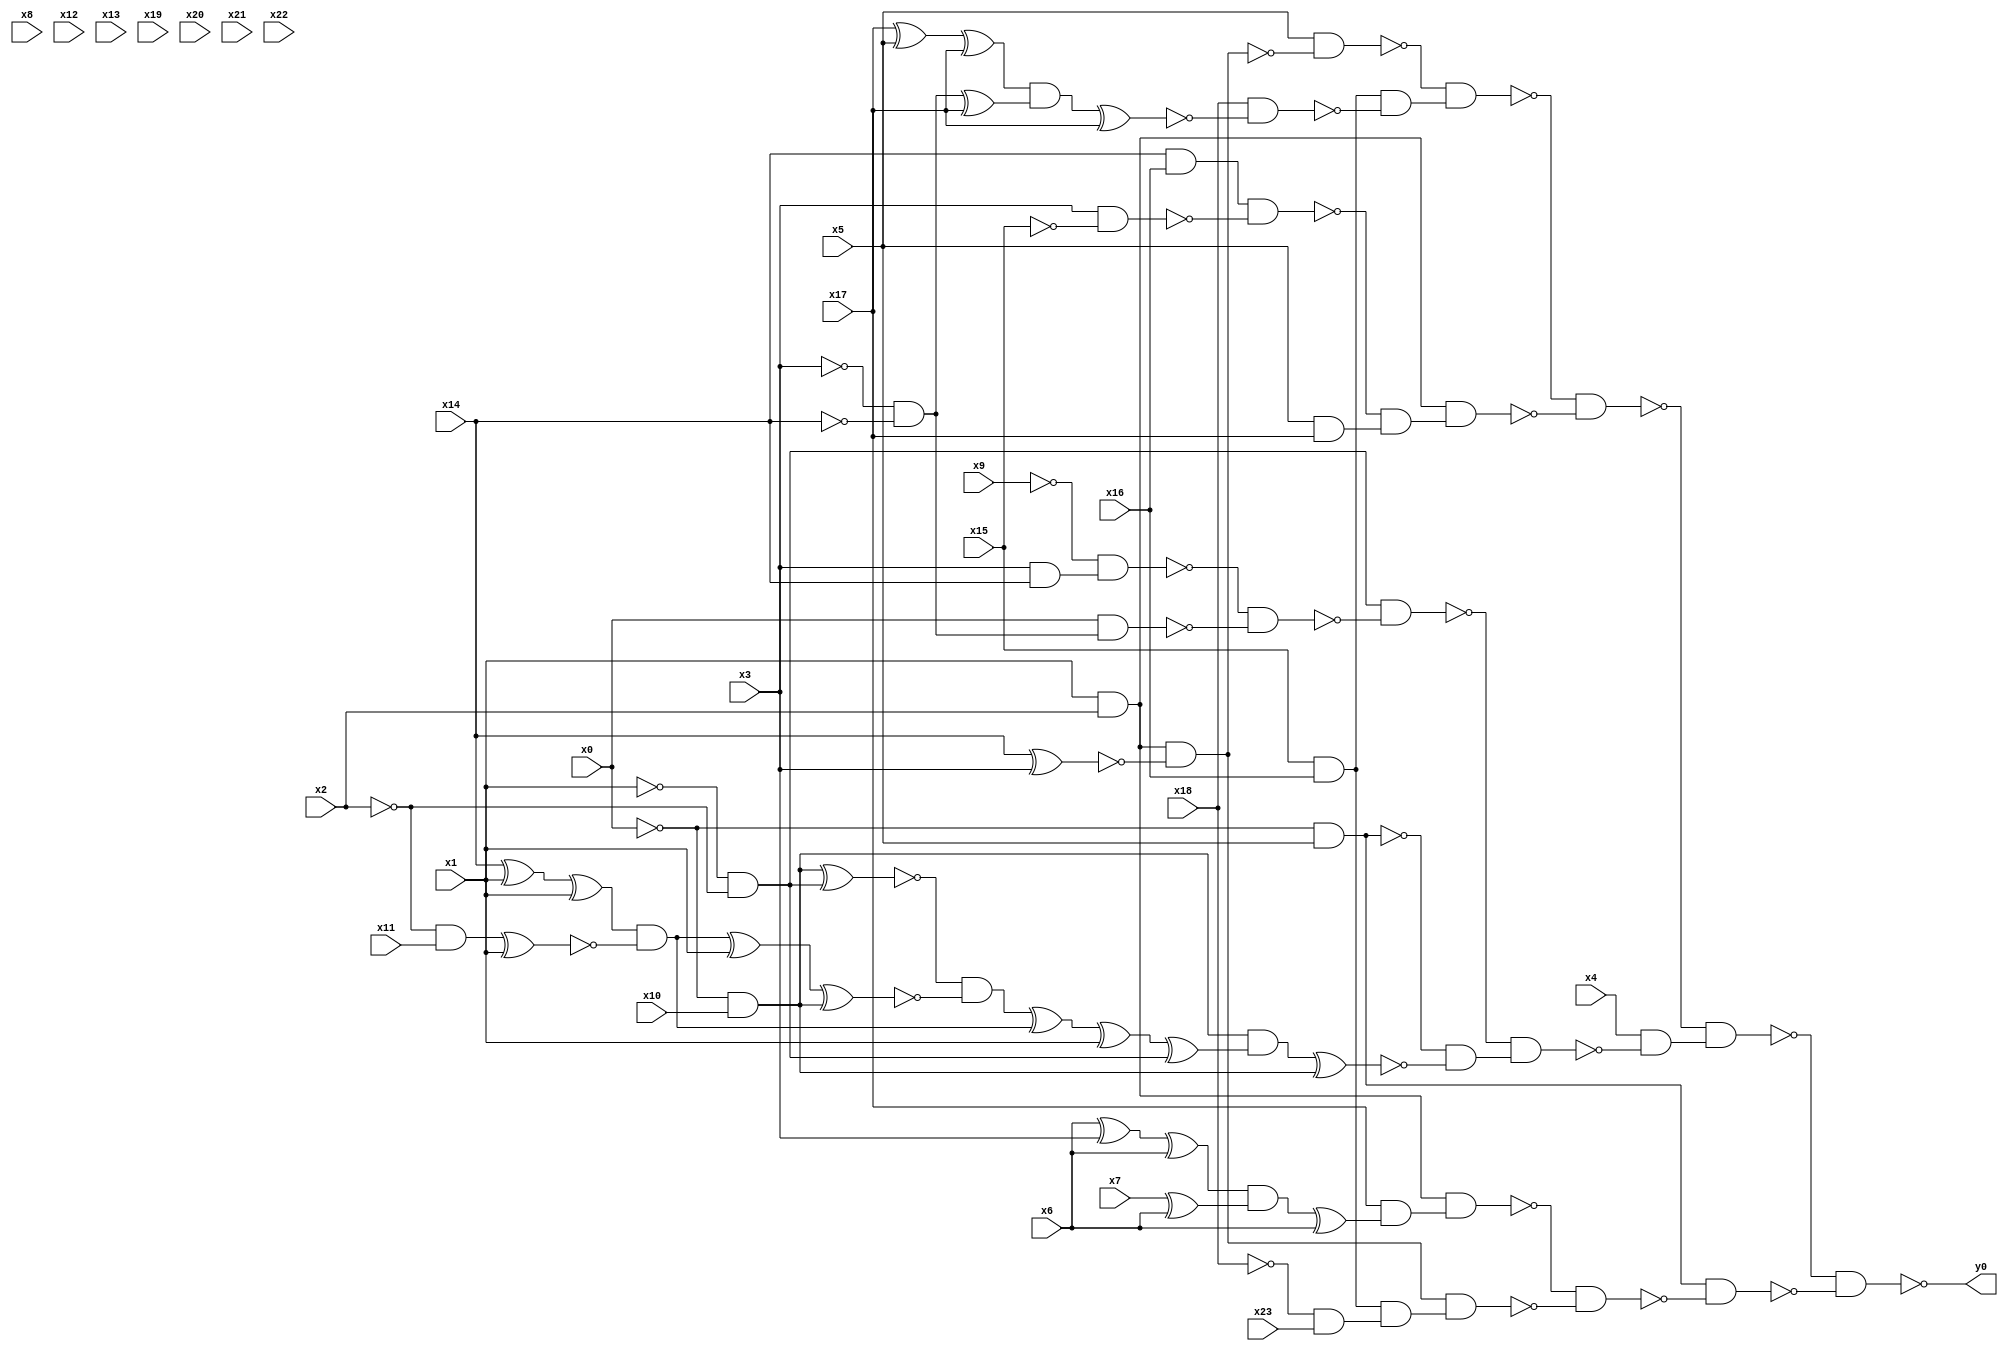
module top( x0 , x1 , x2 , x3 , x4 , x5 , x6 , x7 , x8 , x9 , x10 , x11 , x12 , x13 , x14 , x15 , x16 , x17 , x18 , x19 , x20 , x21 , x22 , x23 , y0 );
  input x0 , x1 , x2 , x3 , x4 , x5 , x6 , x7 , x8 , x9 , x10 , x11 , x12 , x13 , x14 , x15 , x16 , x17 , x18 , x19 , x20 , x21 , x22 , x23 ;
  output y0 ;
  wire n25 , n26 , n27 , n28 , n29 , n30 , n31 , n32 , n33 , n34 , n35 , n36 , n37 , n38 , n39 , n40 , n41 , n42 , n43 , n44 , n45 , n46 , n47 , n48 , n49 , n50 , n51 , n52 , n53 , n54 , n55 , n56 , n57 , n58 , n59 , n60 , n61 , n62 , n63 , n64 , n65 , n66 , n67 , n68 , n69 , n70 , n71 , n72 , n73 , n74 , n75 , n76 , n77 , n78 , n79 , n80 , n81 , n82 , n83 , n84 ;
  assign n25 = x1 & x2 ;
  assign n26 = x14 ^ x3 ;
  assign n27 = n25 & ~n26 ;
  assign n28 = x5 & ~n27 ;
  assign n29 = x15 & x16 ;
  assign n30 = x17 ^ x5 ;
  assign n31 = n30 ^ x17 ;
  assign n32 = ~x3 & ~x14 ;
  assign n33 = n32 ^ x17 ;
  assign n34 = n31 & n33 ;
  assign n35 = n34 ^ x17 ;
  assign n36 = x18 & ~n35 ;
  assign n37 = n29 & ~n36 ;
  assign n38 = ~n28 & n37 ;
  assign n39 = x14 & x16 ;
  assign n40 = x3 & ~x15 ;
  assign n41 = n39 & ~n40 ;
  assign n42 = x5 & x17 ;
  assign n43 = ~n41 & n42 ;
  assign n44 = n25 & n43 ;
  assign n45 = ~n38 & ~n44 ;
  assign n46 = ~x1 & ~x2 ;
  assign n47 = x3 & x14 ;
  assign n48 = ~x9 & n47 ;
  assign n49 = x0 & n32 ;
  assign n50 = ~n48 & ~n49 ;
  assign n51 = n46 & ~n50 ;
  assign n52 = ~x0 & x5 ;
  assign n53 = ~x0 & x10 ;
  assign n54 = n53 ^ n46 ;
  assign n55 = x14 ^ x1 ;
  assign n56 = n55 ^ x1 ;
  assign n57 = ~x2 & x11 ;
  assign n58 = n57 ^ x1 ;
  assign n59 = n56 & ~n58 ;
  assign n60 = n59 ^ x1 ;
  assign n61 = n60 ^ n53 ;
  assign n62 = ~n54 & ~n61 ;
  assign n63 = n62 ^ n59 ;
  assign n64 = n63 ^ x1 ;
  assign n65 = n64 ^ n46 ;
  assign n66 = n53 & n65 ;
  assign n67 = n66 ^ n53 ;
  assign n68 = ~n52 & ~n67 ;
  assign n69 = ~n51 & n68 ;
  assign n70 = x4 & ~n69 ;
  assign n71 = ~n45 & n70 ;
  assign n72 = x6 ^ x3 ;
  assign n73 = n72 ^ x6 ;
  assign n74 = x7 ^ x6 ;
  assign n75 = n73 & n74 ;
  assign n76 = n75 ^ x6 ;
  assign n77 = x17 & n76 ;
  assign n78 = n25 & n77 ;
  assign n79 = ~x18 & x23 ;
  assign n80 = n29 & n79 ;
  assign n81 = n27 & n80 ;
  assign n82 = ~n78 & ~n81 ;
  assign n83 = n52 & ~n82 ;
  assign n84 = ~n71 & ~n83 ;
  assign y0 = ~n84 ;
endmodule